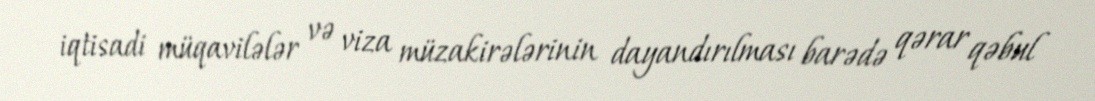
iqtisadi müqavilələr və viza müzakirələrinin dayandırılması barədə qərar qəbul